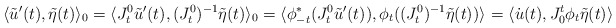
\begin{align*}\langle \tilde u'(t), \tilde \eta(t)\rangle_{0}=\langle J^0_t \tilde u'(t), (J^0_t)^{-1}\tilde \eta(t)\rangle_{0}=\langle \phi_{-t}^*(J^0_t \tilde u'(t)), \phi_t((J^0_t)^{-1}\tilde \eta(t))\rangle_{}=\langle \dot u(t), J_0^t\phi_t\tilde \eta(t)\rangle_{}\end{align*}